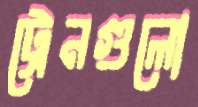
ট্রেনগুলো